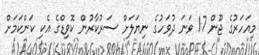
މިއަހަރުގެ ޖޫން 17 ވަނަ ދުވަހުގެ ނިޔަލަށް ސަރުކާރުން ކޮވިޑްގެ އެކި ކަންކަމަށް